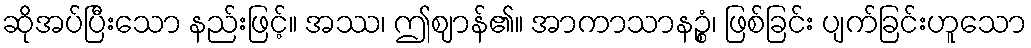
ဆိုအပ်ပြီးသော နည်းဖြင့်။ အဿ၊ ဤဈာန်၏။ အာကာသာနဉ္စံ၊ ဖြစ်ခြင်း ပျက်ခြင်းဟူသော